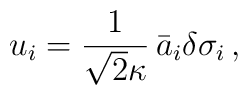
u_i=\frac{1}{\sqrt{2}\kappa}\,\bar{a}_i\delta\sigma_i \,,